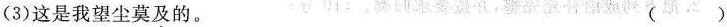
(3)这是我望尘莫\underset{·}{及}的。 ( )